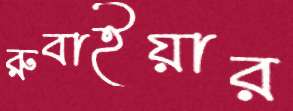
রুবাইয়ার